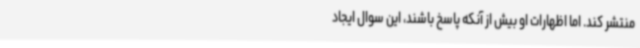
منتشر کند. اما اظهارات او بیش از آنکه پاسخ باشند، این سوال ایجاد